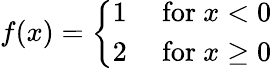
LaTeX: f(x)={\left\{ \begin{array}{ll}{1}&{{\mathrm{~for~}}x<0}\\ {2}&{{\mathrm{~for~}}x\geq 0}\end{array}\right.}